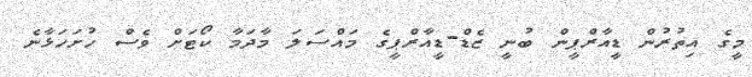
މީގެ އިތުރުން ޑީއާރްޕީން ބުނީ ޒެޑް-ޑީއާރްޕީގެ މައްސަލަ މާދަމާ ކޯޓަށް ވެސް ހުށަހަޅާނެ